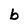
Character: b